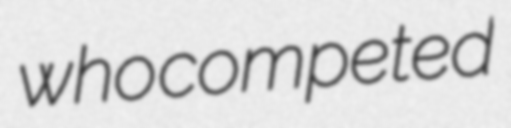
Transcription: who competed